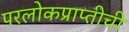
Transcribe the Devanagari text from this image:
परलोकप्राप्तीची